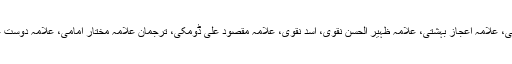
پریس کانفرنس میں علامہ احمد اقبال رضوی، علامہ مرزا یوسف حسین، علامہ محمد اقبال بہشتی، علامہ اعجاز بہشتی، علامہ ظہیر الحسن نقوی، اسد نقوی، علامہ مقصود علی ڈومکی، ترجمان علامہ مختار امامی، علامہ دوست علی سعیدی، علامہ اصغر عسکری اور نثار فیضی سمیت دیگر مرکزی رہنما بھی موجود تھے۔